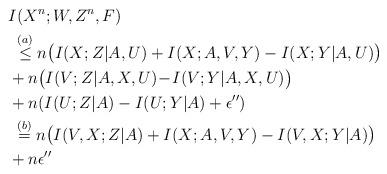
LaTeX: \begin{align*}&I(X^n;W,Z^n,F)\\&\; \overset{(a)}{\leq} n\big(I(X;Z|A,U)+I(X;A,V,Y)-I(X;Y|A,U) \big)\\&+n\big(I(V;Z|A,X,U)\!-\!I(V;Y|A,X,U)\big)\\&+n(I(U;Z|A) -I(U;Y|A)+\epsilon^{\prime\prime})\\&\;\overset{(b)}{=} n\big(I(V,X;Z|A)+I(X;A,V,Y)-I(V,X;Y|A) \big)\\&+n\epsilon^{\prime\prime}\end{align*}